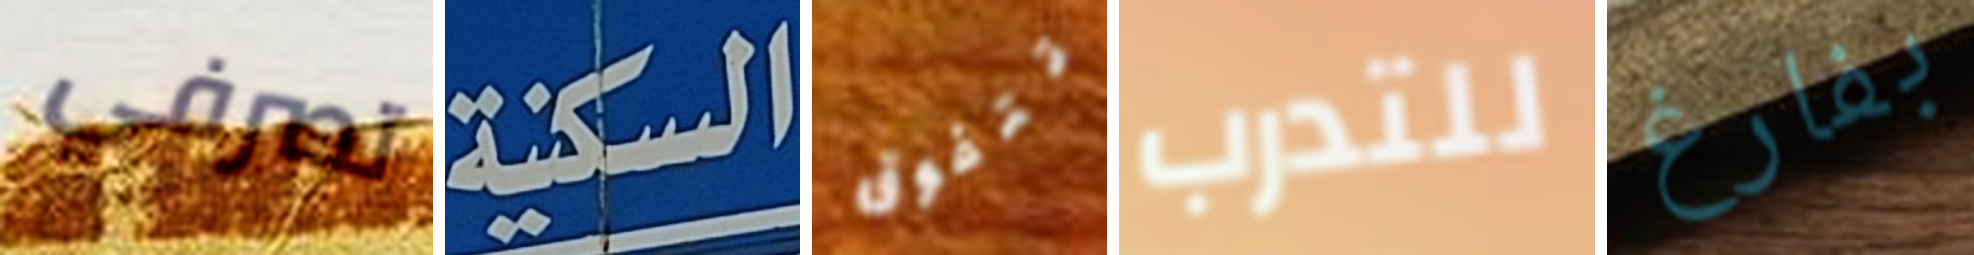
تصرفي السكنية تتفوق للتدرب بفارغ